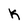
Character: k